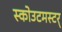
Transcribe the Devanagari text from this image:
स्कोउटमस्टर्